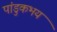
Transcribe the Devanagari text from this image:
पांडुकभय